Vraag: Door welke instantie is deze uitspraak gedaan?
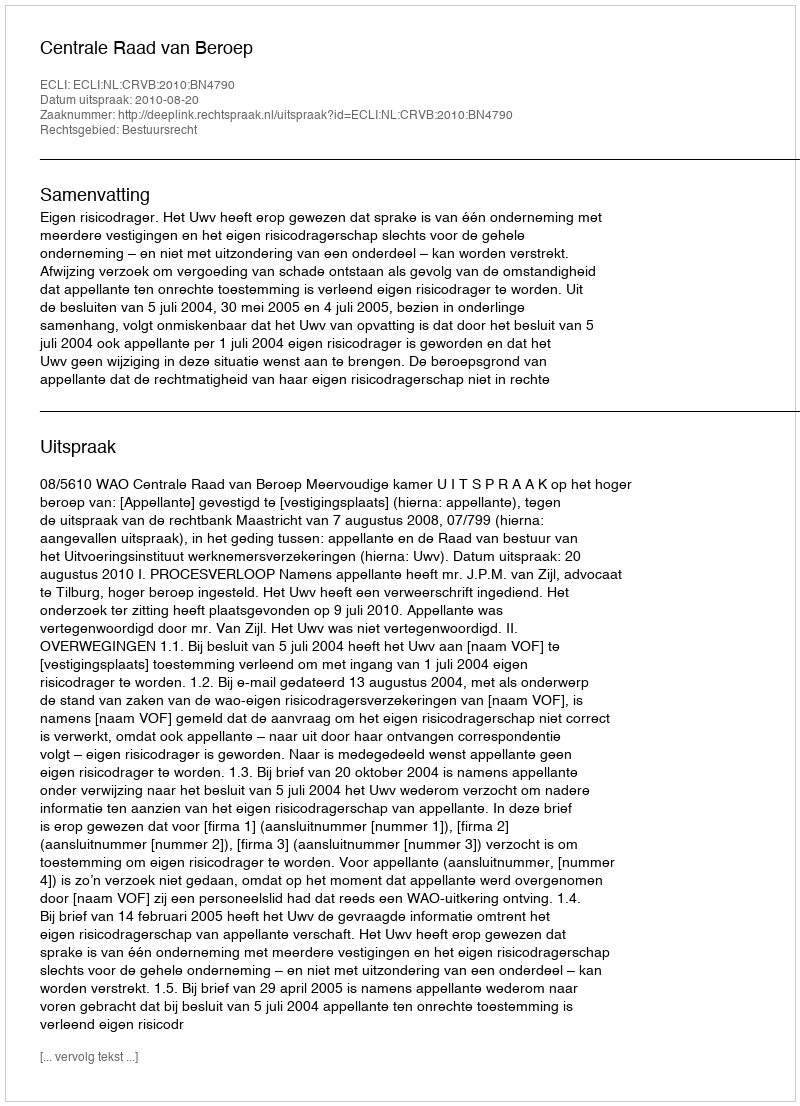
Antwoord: Centrale Raad van Beroep